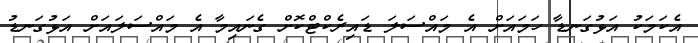
އެކަމަކު އަޅުގަނޑާ ހަމައަށް އެ މައްސަލަ ޑައިރެކްޓްކޮށް ގެނައިމާ އެ މައްސަލައަށް އަޅުގަނޑު